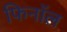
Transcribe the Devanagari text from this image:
फिनाॅल